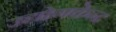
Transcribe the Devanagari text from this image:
उद्योगकेन्द्र